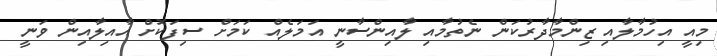
މިއީ އިހުމާލާއި ޒިންމާދާރުކަން ނެތުމާއި ލާއިންސާނީ އަމަލެއް ކަމަށް ސިފަކޮށް އާއިލާއިން ވަނީ